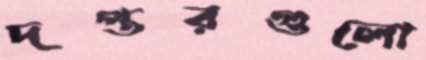
দপ্তরগুলো